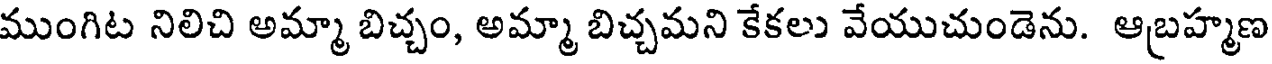
ముంగిట నిలిచి అమ్మా బిచ్చం, అమ్మా బిచ్చమని కేకలు వేయుచుండెను. ఆబ్రహ్మణ